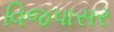
વિજપાસર